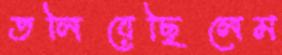
তলিয়েছিলেম